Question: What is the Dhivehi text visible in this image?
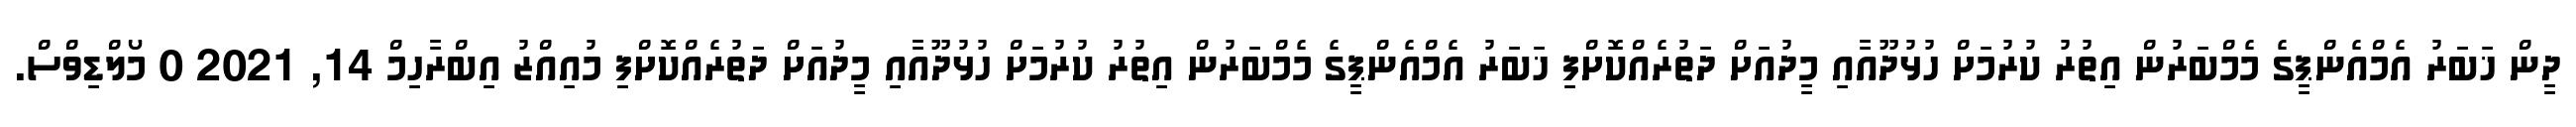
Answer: ދީން ޚަބަރު އެމްއެންޕީގެ މެމްބަރުން އިތުރު ކުރުމަށް ހުޅުދޫއާއި މީދުއަށް ދަތުރެއްކޮށްފި ޚަބަރު އެމްއެންޕީގެ މެމްބަރުން އިތުރު ކުރުމަށް ހުޅުދޫއާއި މީދުއަށް ދަތުރެއްކޮށްފި މުއިއްޒު އިބްރާހިމް 14, 2021 0 މޯލްޑިވްސް.